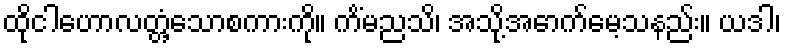
ထိုငါဟောလတ္တံ့သောစကားကို။ ကိံမညသိ၊ အသို့အောက်မေ့သနည်း။ ယဒါ၊